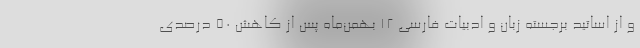
و از اساتید برجسته زبان و ادبیات فارسی ۱۲ بهمن‌ماه پس از کاهش ۵۰ درصدی